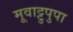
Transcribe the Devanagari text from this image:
मूवाट्टुपुपा